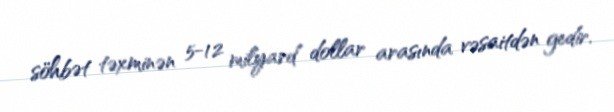
söhbət təxminən 5-12 milyard dollar arasında vəsaitdən gedir.